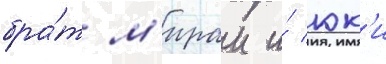
бра́т м'ираи и́ юк'и